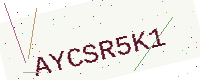
Text: AYCSR5K1